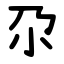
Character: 尕